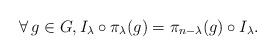
LaTeX: \begin{align*}\forall\, g\in G,I_\lambda \circ \pi_\lambda(g) = \pi_{n-\lambda}(g)\circ I_\lambda.\end{align*}